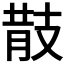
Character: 𢻎